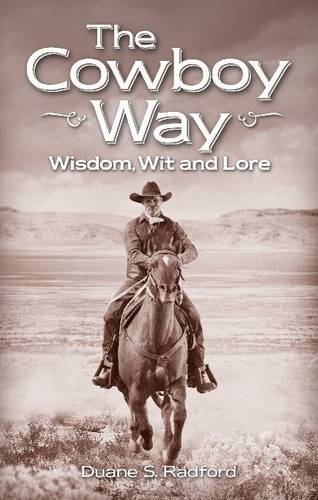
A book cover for Cowboy Way, The: Cowboy Wisdom & Trivia; Duane Radford; Sports & Outdoors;